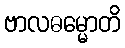
ဗာလဓမ္မောတိ